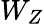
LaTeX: W_{Z}